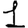
Digit: 1